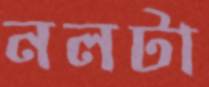
নলটা